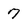
Character: 7